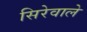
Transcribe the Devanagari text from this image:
सिरेवाले